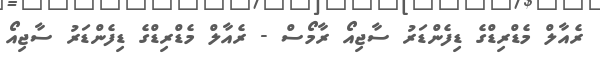
ރެއާލް މެޑްރިޑްގެ ޑިފެންޑަރު ސާޖިއޯ ރާމޯސް - ރެއާލް މެޑްރިޑްގެ ޑިފެންޑަރު ސާޖިއޯ